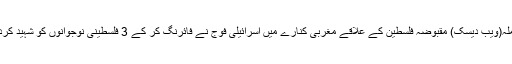
راملہ(ویب دیسک) مقبوضہ فلسطین کے علاقے مغربی کنارے میں اسرائیلی فوج نے فائرنگ کر کے 3 فلسطینی نوجوانوں کو شہید کردیا۔